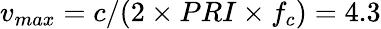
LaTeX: v_{max}=c/(2\times PRI\times f_{c})=4.3